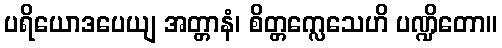
ပရိယောဒပေယျ အတ္တာနံ၊ စိတ္တက္လေသေဟိ ပဏ္ဍိတော။